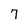
Character: 7